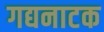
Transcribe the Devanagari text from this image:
गद्यनाटक